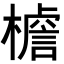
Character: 𭬍